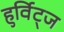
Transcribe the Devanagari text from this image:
हुर्विट्ज